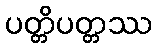
ပတ္တိပတ္တဿ